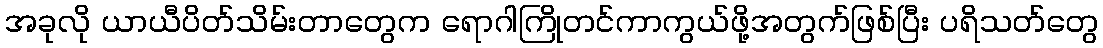
အခုလို ယာယီပိတ်သိမ်းတာတွေက ရောဂါကြိုတင်ကာကွယ်ဖို့အတွက်ဖြစ်ပြီး ပရိသတ်တွေ